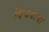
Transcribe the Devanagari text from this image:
विंचवाचा